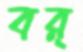
বর্